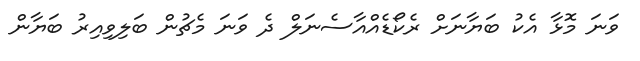
ވަނަ މޮޅާ އެކު ބަޔާނަށް ރެކޯޑެއްއާސެނަލް ދެ ވަނަ މެޗުން ބަލިވިއިރު ބަޔާން